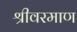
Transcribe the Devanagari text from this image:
श्रीवरमाण